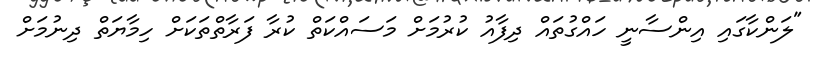
"ލަންކާގައި އިންސާނީ ހައްގުތައް ދިފާއު ކުރުމަށް މަސައްކަތް ކުރާ ފަރާތްތަކަށް ހިމާޔަތް ދިނުމަށް